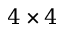
4 \times 4